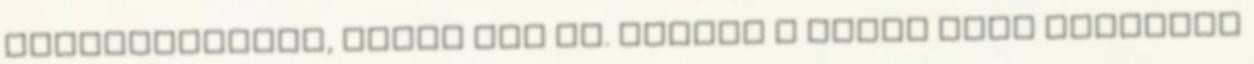
felszólítását, adjuk oda az. Tovább › ›Mire kell figyelni